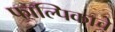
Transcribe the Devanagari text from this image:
फाल्पिकाचे